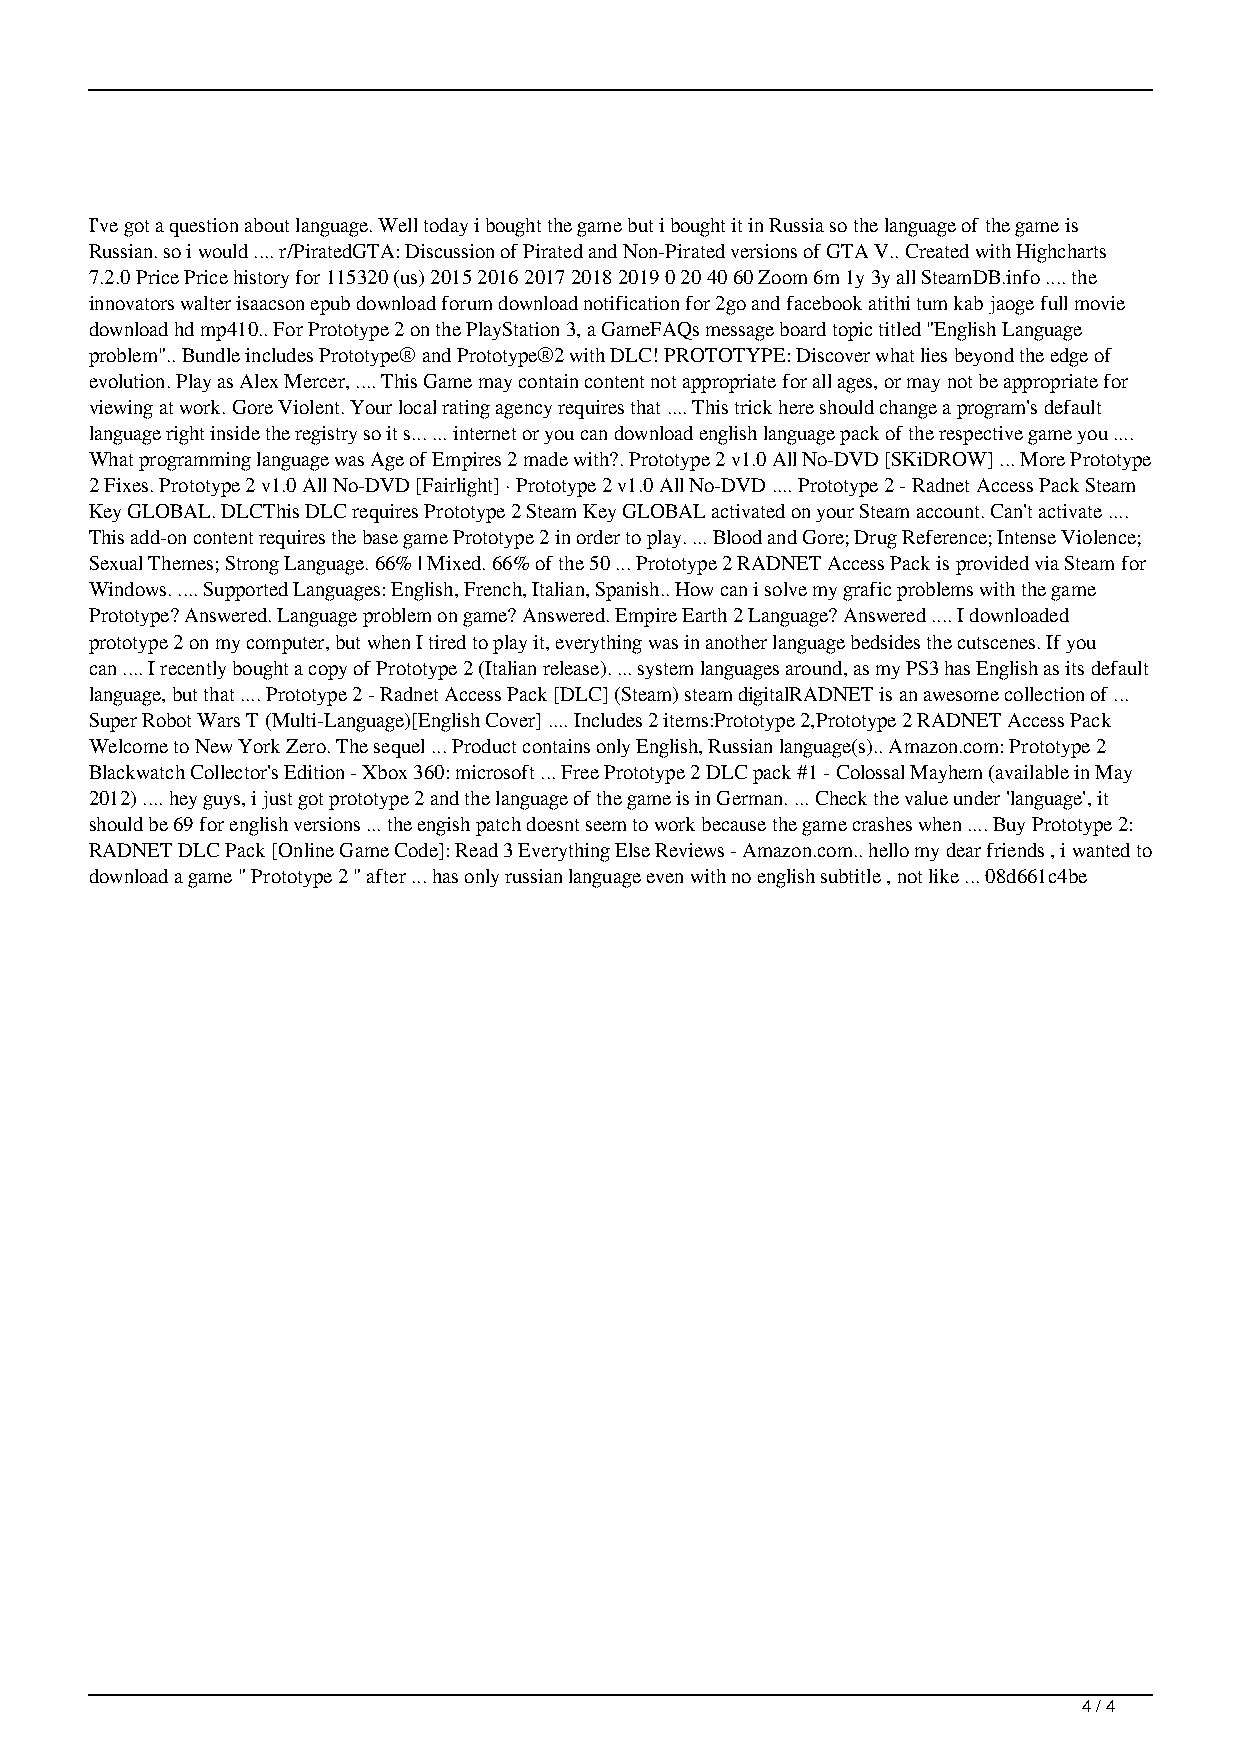
I've got a question about language. Well today i bought the game but i bought it in Russia so the language of the game is
 Russian. so i would .... r/PiratedGTA: Discussion of Pirated and Non-Pirated versions of GTA V.. Created with Highcharts
 7.2.0 Price Price history for 115320 (us) 2015 2016 2017 2018 2019 0 20 40 60 Zoom 6m 1y 3y all SteamDB.info .... the
 innovators walter isaacson epub download forum download notification for 2go and facebook atithi tum kab jaoge full movie
 download hd mp410.. For Prototype 2 on the PlayStation 3, a GameFAQs message board topic titled "English Language
 problem".. Bundle includes Prototype® and Prototype®2 with DLC! PROTOTYPE: Discover what lies beyond the edge of
 evolution. Play as Alex Mercer, .... This Game may contain content not appropriate for all ages, or may not be appropriate for
 viewing at work. Gore Violent. Your local rating agency requires that .... This trick here should change a program's default
 language right inside the registry so it s... ... internet or you can download english language pack of the respective game you ....
 What programming language was Age of Empires 2 made with?. Prototype 2 v1.0 All No-DVD [SKiDROW] ... More Prototype
 2 Fixes. Prototype 2 v1.0 All No-DVD [Fairlight] · Prototype 2 v1.0 All No-DVD .... Prototype 2 - Radnet Access Pack Steam
 Key GLOBAL. DLCThis DLC requires Prototype 2 Steam Key GLOBAL activated on your Steam account. Can't activate ....
 This add-on content requires the base game Prototype 2 in order to play. ... Blood and Gore; Drug Reference; Intense Violence;
 Sexual Themes; Strong Language. 66% | Mixed. 66% of the 50 ... Prototype 2 RADNET Access Pack is provided via Steam for
 Windows. .... Supported Languages: English, French, Italian, Spanish.. How can i solve my grafic problems with the game
 Prototype? Answered. Language problem on game? Answered. Empire Earth 2 Language? Answered .... I downloaded
 prototype 2 on my computer, but when I tired to play it, everything was in another language bedsides the cutscenes. If you
 can .... I recently bought a copy of Prototype 2 (Italian release). ... system languages around, as my PS3 has English as its default
 language, but that .... Prototype 2 - Radnet Access Pack [DLC] (Steam) steam digitalRADNET is an awesome collection of ...
 Super Robot Wars T (Multi-Language)[English Cover] .... Includes 2 items:Prototype 2,Prototype 2 RADNET Access Pack
 Welcome to New York Zero. The sequel ... Product contains only English, Russian language(s).. Amazon.com: Prototype 2
 Blackwatch Collector's Edition - Xbox 360: microsoft ... Free Prototype 2 DLC pack #1 - Colossal Mayhem (available in May
 2012) .... hey guys, i just got prototype 2 and the language of the game is in German. ... Check the value under 'language', it
 should be 69 for english versions ... the engish patch doesnt seem to work because the game crashes when .... Buy Prototype 2:
 RADNET DLC Pack [Online Game Code]: Read 3 Everything Else Reviews - Amazon.com.. hello my dear friends , i wanted to
 download a game " Prototype 2 " after ... has only russian language even with no english subtitle , not like ... 08d661c4be
 4 / 4
 Prototype 2 English Language Pack